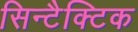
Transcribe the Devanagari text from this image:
सिन्टैक्टिक